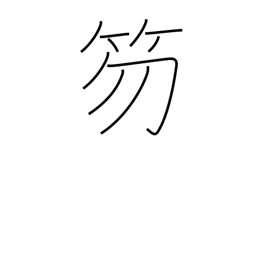
Meaning: baton